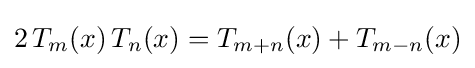
2\,T_{m}(x)\,T_{n}(x)=T_{m+n}(x)+T_{m-n}(x)